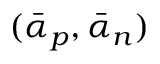
( \bar { \alpha } _ { p } , \bar { \alpha } _ { n } )